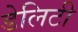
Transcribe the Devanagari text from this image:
डेलिटी